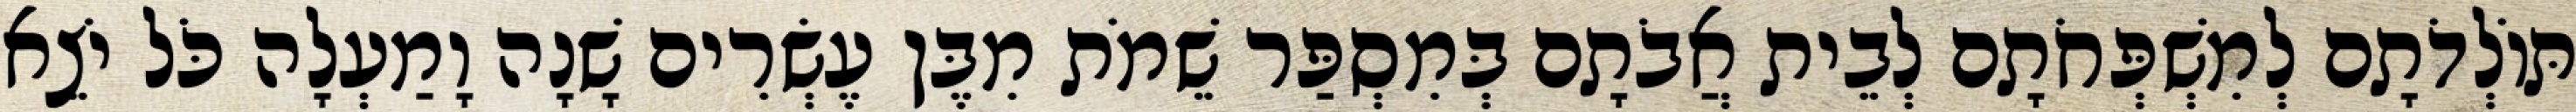
תּוֹלְדֹתָם לְמִשְׁפְּחֹתָם לְבֵית אֲבֹתָם בְּמִסְפַּר שֵׁמֹת מִבֶּן עֶשְׂרִים שָׁנָה וָמַעְלָה כֹּל יֹצֵא